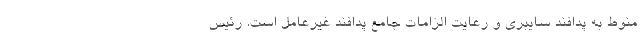
منوط به پدافند سایبری و رعایت الزامات جامع پدافند غیرعامل است. رئیس